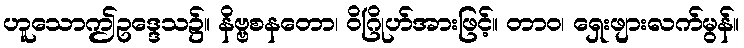
ဟူသောဤဥဒ္ဒေသ၌။ နိဗ္ဗစနတော၊ ဝိဂြိုဟ်အားဖြင့်။ တာဝ၊ ရှေးဖျားလက်မွန်။